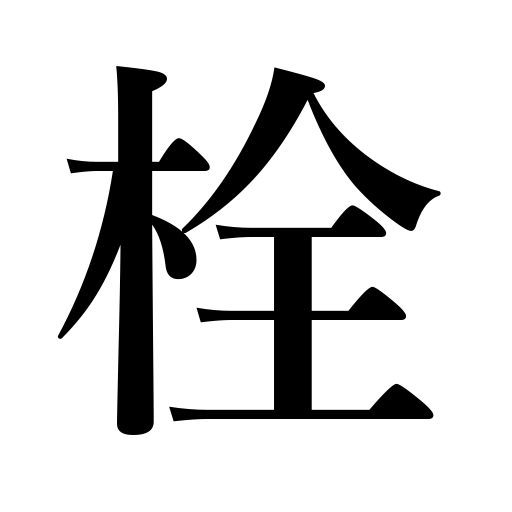
Meanings: ear plug,bung,bolt,peg,plug,cork,stopper,faucet